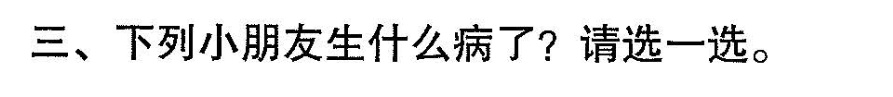
三、下列小朋友生什么病了?请选一选。